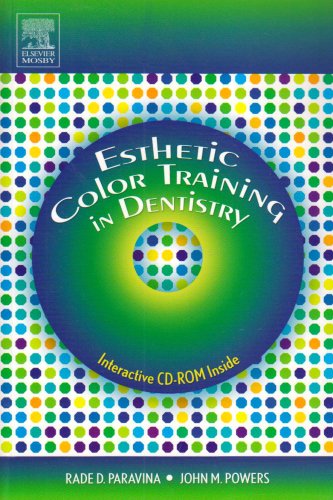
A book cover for Esthetic Color Training in Dentistry, 1e; Rade Paravina; Medical Books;